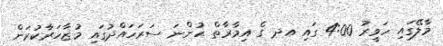
މާލޭގައި ހަވީރު 4:00 ގައި އދ ގެ އިމާރާތް ހުންނަ ސަރަަހައްދުގައި މުޒާހަރާކުރަން